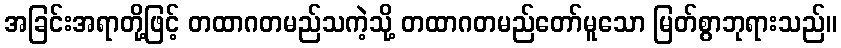
အခြင်းအရာတို့ဖြင့် တထာဂတမည်သကဲ့သို့ တထာဂတမည်တော်မူသော မြတ်စွာဘုရားသည်။